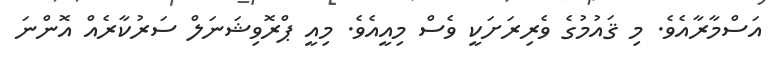
އަސްމާރާއެވެ. މި ޤައުމުގެ ވެރިރަށަކީ ވެސް މިއީއެވެ. މިއީ ޕްރޮވިޝަނަލް ސަރުކާރެއް އޮންނަ